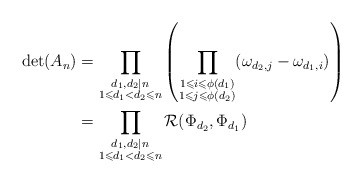
\begin{align*} \det(A_n) &= \prod_{\substack{d_1, d_2 \mid n \\ 1 \leqslant d_1 < d_2\leqslant n}} \left(\prod_{\substack{1 \leqslant i \leqslant \phi(d_1)\\1 \leqslant j \leqslant \phi(d_2)}} (\omega_{d_2, j} - \omega_{d_1, i}) \right) \\ &= \prod_{\substack{d_1, d_2 \mid n \\ 1 \leqslant d_1 < d_2 \leqslant n}} \mathcal{R}(\Phi_{d_2}, \Phi_{d_1}) \end{align*}